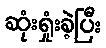
ဆုံးရှုံးခဲ့ပြီး